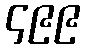
၄၉၉